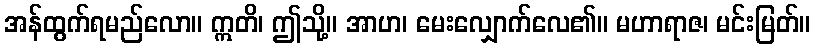
အန်ထွက်ရမည်လော။ ဣတိ၊ ဤသို့။ အာဟ၊ မေးလျှောက်လေ၏။ မဟာရာဇ၊ မင်းမြတ်။